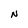
Character: N